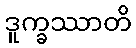
ဒူက္ခဿာတိ